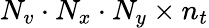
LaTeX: N_{v}\cdot N_{x}\cdot N_{y}\times n_{t}